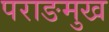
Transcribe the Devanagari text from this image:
पराङमुख